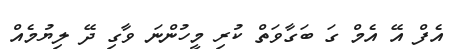
އެފް އޭ އެމް ގަ ބަގާވަތް ކުރި މީހުންނަ ވާގި ދޭ ލިޔުމެއް